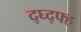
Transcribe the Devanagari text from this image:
द्घ्द्फ्ह